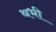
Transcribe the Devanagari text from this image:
थभी